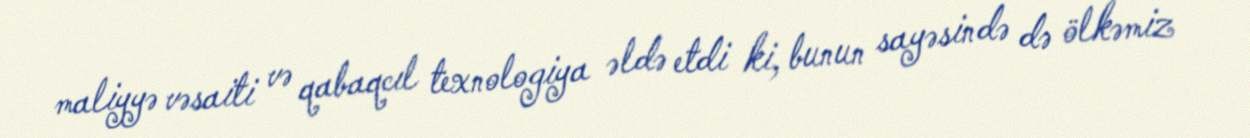
maliyyə vəsaiti və qabaqcıl texnologiya əldə etdi ki, bunun sayəsində də ölkəmiz